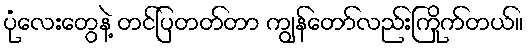
ပုံလေးတွေနဲ့ တင်ပြတတ်တာ ကျွန်တော်လည်းကြိုက်တယ်။